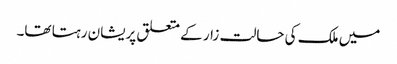
میں ملک کی حالت زار کے متعلق پریشان رہتا تھا۔